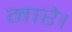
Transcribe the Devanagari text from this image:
नारे।